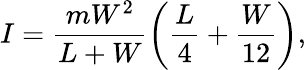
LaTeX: I=\frac{mW^{2}}{L+W}\left(\frac{L}{4}+\frac{W}{12}\right),